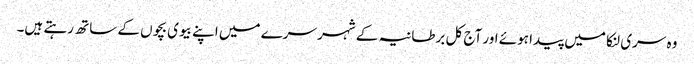
وہ سری لنکا میں پیدا ہوئے اور آج کل برطانیہ کے شہر سرے میں اپنے بیوی بچوں کے ساتھ رہتے ہیں۔